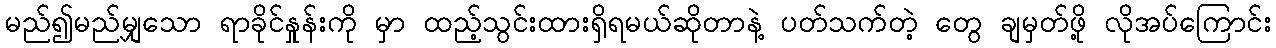
မည်၍မည်မျှသော ရာခိုင်နှုန်းကို မှာ ထည့်သွင်းထားရှိရမယ်ဆိုတာနဲ့ ပတ်သက်တဲ့ တွေ ချမှတ်ဖို့ လိုအပ်ကြောင်း